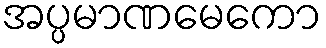
အပ္ပမာဏမေကော